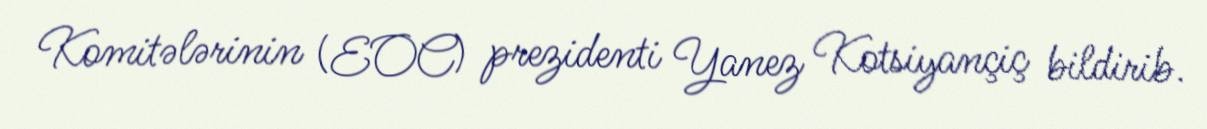
Komitələrinin (EOC) prezidenti Yanez Kotsiyançiç bildirib.